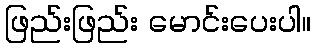
ဖြည်းဖြည်း မောင်းပေးပါ။